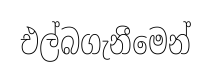
එල්බගැනීමෙන්